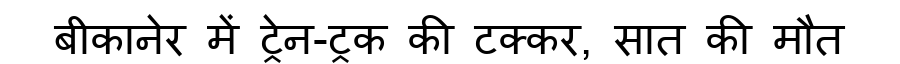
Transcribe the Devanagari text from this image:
बीकानेर में ट्रेन-ट्रक की टक्कर, सात की मौत